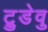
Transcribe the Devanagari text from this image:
ट्रुडेवु